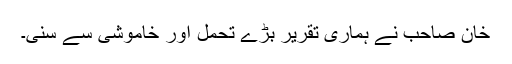
خان صاحب نے ہماری تقریر بڑے تحمل اور خاموشی سے سنی۔